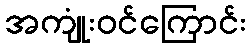
အကျုံးဝင်ကြောင်း